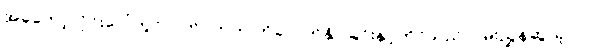
အခုတော့လိုင်းပေါ်တွင်လက်ဝဲဘက် ကိုခလုတ်နှိပ်ခြင်းနှင့်ကိုင်သည်လမ်းညွှန်ဆွဲယူပါ။